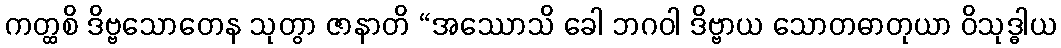
ကတ္ထစိ ဒိဗ္ဗသောတေန သုတွာ ဇာနာတိ “အဿောသိ ခေါ ဘဂဝါ ဒိဗ္ဗာယ သောတဓာတုယာ ဝိသုဒ္ဓါယ